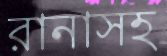
রানাসহ